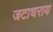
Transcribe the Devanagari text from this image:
जटाधराय